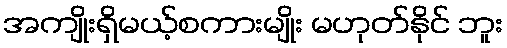
အကျိုးရှိမယ့်စကားမျိုး မဟုတ်နိုင် ဘူး